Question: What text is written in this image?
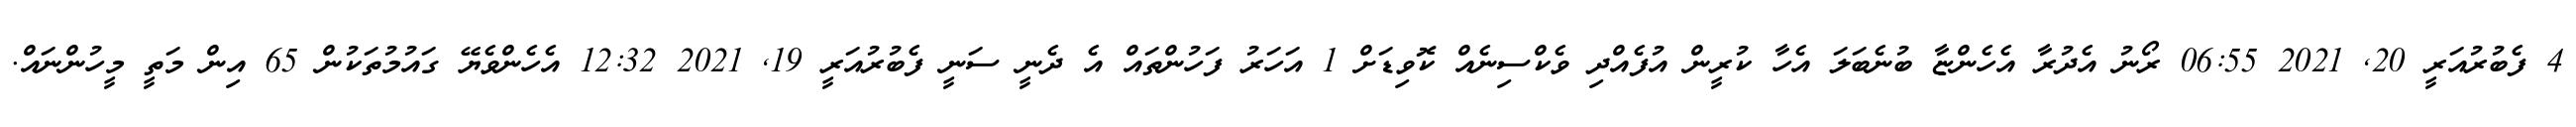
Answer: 4 ފެބުރުއަރީ 20, 2021 06:55 ރޯނު އެދުރާ އެހެންޏާ ބުނެބަލަ އެހާ ކުރީން އުފެއްދި ވެކްސިނެއް ކޮވިޑަށް 1 އަހަރު ފަހުންތައް އެ ދެނީ ސަނީ ފެބުރުއަރީ 19, 2021 12:32 އެހެންވެޔޭ ގައުމުތަކުން 65 އިން މަތީ މީހުންނައް.